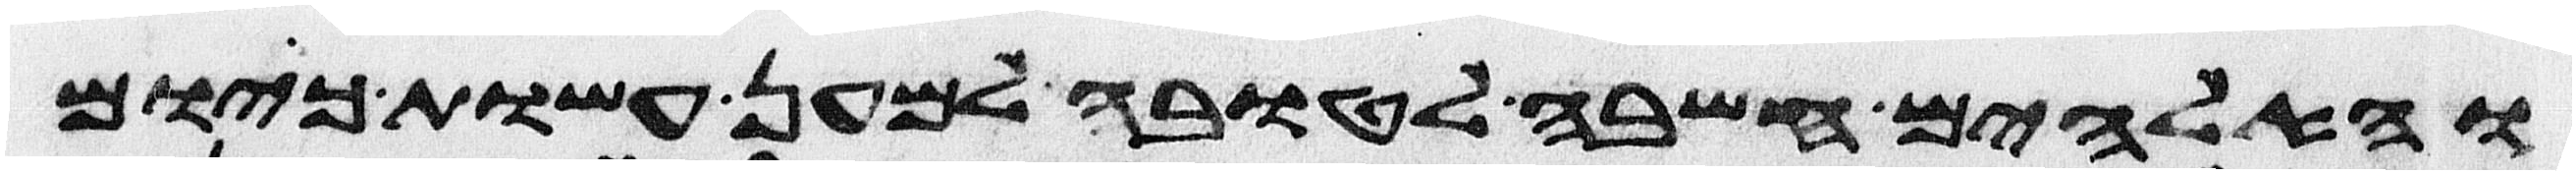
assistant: והאלהים חשבה לטובה למען עשות כיום